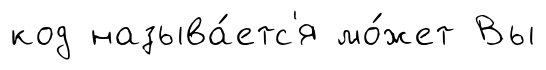
код называ́етс'я мо́жет Вы